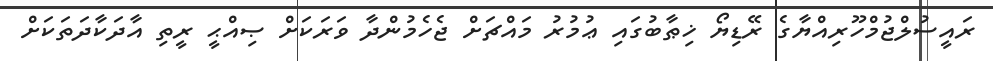
ރައީސުލްޖުމްހޫރިއްޔާގެ ރޭޑިޔޯ ޚިޠާބުގައި ޢުމުރު މައްޗަށް ޖެހެމުންދާ ވަރަކަށް ޞިއްޙީ ރީތި އާދަކާދަތަކަށް